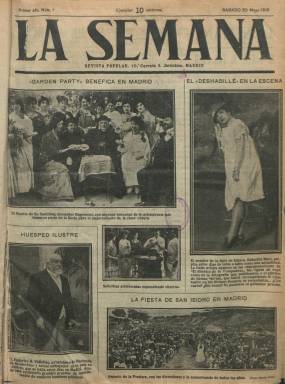
Título: La Semana (Madrid. 1916)
Colección: Revistas de información general
Ámbito geográfico: Madrid
Lugar de publicación: Madrid
Fechas: 20/05/1916-02/12/1916

Aparecerá cada sábado a partir del 20 de mayo de 1916, caracterizada por una portada, contraportada y páginas centrales ocupadas por mosaicos de fotografías de actualidad, además de las que incluye en las restantes planas de sus entregas -que lo son de 16 páginas-, y su importante nómina de colaboradores, como autores de artículos de fondo de variada temática, que va desde la política nacional e internacional a la literatura, pasando por la relativa a la “gran guerra” que se está librando en Europa, y que en España dividió a su prensa entre aliada, germanófila y neutralista, siendo estas dos últimas posturas las oficiales que había decretado el anterior gobierno conservador de Eduardo Dato, sustituido en diciembre de 1915 por gobierno liberal y francófilo del conde de Romanones, Álvaro de Figueroa Torres.

No aparece indicado quien fuera su director o su editor, pero en el artículo de presentación, firmado por Cristóbal de Castro Gutiérrez (1874-1953), éste ya expresa que su fundador y quien “organizó presurosamente” la salida de este semanario fue Francisco Gómez Hidalgo (1886-1947), el abogado, escritor y periodista que había dirigido el diario vespertino Hoy (1913) y después dirigirá el matutino El día (1916-1921), ambos germanófilos, por lo que no es de extrañar que la revista  -en cuyas entregas se llega a utilizar el couché en un momento de escasez de papel por causa de la guerra- pudiera también ser financiada por alguna de las legaciones diplomáticas extranjeras en litigio. De Castro expresa asimismo en este artículo que La semana “no es un periódico de Empresa ni de personaje… aspira a ser un periódico de público” –de ahí su subtítulo “revista popular”- y que, “por lo pronto, es un periódico de periodistas”, en referencia a las destacadas firmas de sus abundantes artículos de fondo “de escritores prestigiosos de España, sean cuales fueren sus ideas”, pues las noticias se resumen, por lo general, a los breves pies que acompañan a sus fotograbados.

Sus colaboradores no necesariamente fueron germanófilos, como será el caso de Miguel de Unamuno o del propio Vicente Blasco Ibáñez, y junto a los textos de éstos aparecen otros bajo firmas tan destacadas como las de Ramón Pérez de Ayala (que publica un artículo titulado Germanófilos abiertos y neutralistas declarados), Luis de Oteyza, José Nakens, Armando Guerra (autor de unas crónicas del conflicto armado), Antonio de Hoyos y Vinent, Tomás Costa, J. Millán Astray, Luis de Tapia, la del senador Emilio Junoy, Pedro Répide, Carmen de Burgos (Colombine), Vicente Gay, Eugenio Noel, Rodrigo Soriano, Rafael Ginard de la Rosa, Enrique de Mesa, José Francés, Miguel España, Luis del Val, Mauro Ortega, Amado Nervo, Antonio Goicoechea, Salvador Rueda, Pardo Bazán, E. Gómez Carrillo, Ramón Gómez de la Serna, Marcelino Domingo, Joaquín Dicenta, Jacinto Octavio Picón, Antonio Royo Villanova, Eduardo Zamacois, Luis Bonafoux o Juan Pérez Zúñiga. Uno de sus redactores fue J. Joaquín Rubio.

Además de artículos, publica crónicas y entrevistas, así como una serie bajo el epígrafe “Cómo y cuándo ganó usted su primera peseta”, en la que personajes como A. Francos Rodríguez, A. Palacio Valdés, Manuel Bueno o Miguel Moya cuentan esta peripecia; y otra sobre “Nuestros contemporáneos célebres”, así como breves pinceladas biográficas y retratos de diputados, además de narraciones y versos. Ofrece asimismo noticias de sociedad protagonizadas por el Rey y su familia o la aristocracia y el estamento militar, de política, huelgas, educación, conferencias y exposiciones, sucesos, deportes (ciclismo, vela, regatas, tenis, tiro, etc.), toros, modas, exploradores, juegos florales y otros certámenes y festejos, de artistas, estrenos teatrales o de libros. Se trata de información tanto de Madrid, como de provincias y del extranjero. Entre los autores de sus numerosos fotograbados de actualidad aparecen los nombres de Marín-Ortiz, Biedma, Rozas, Walken, Ojanguren, Serrano, Cabedo, Kaular o Alfonso. Asimismo inserta viñetas de humor gráfico firmadas por Tovar y, principalmente, por Demetrio, y otras reproducidas de periódicos extranjeros. La revista organizó un concurso para sus lectores o “plebiscito para la formación de un Gobierno nacional” por el que Antonio Maura resultó el elegido para presidirlo.

La vida de esta revista no sobrepasó el año 1916, y la entrega 29, correspondiente al dos de diciembre de ese año, es la última de la colección en la Biblioteca Nacional de España. Acerca de quien fue el director de esta singular revista, que aunó los artículos de prestigiosas firmas con la actualidad fotoperiodística, señalar que Gómez Hidalgo, ahijado del político Natalio Rivas, será el autor del famoso docudrama cinematográfico La malcasada (1926), en el que aparecen un centenar de figuras de la vida española de la época (Valle-Inclán, Franco, Sanjurjo, Millán Astray o José Belmonte) y diputado republicano en las elecciones de febrero de 1936.